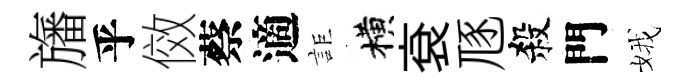
旛乎傚蔡適詎横袞豗殺門娥